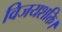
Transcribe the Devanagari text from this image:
विजयशक्ति।